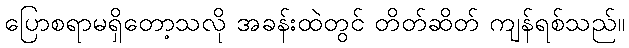
ပြောစရာမရှိတော့သလို အခန်းထဲတွင် တိတ်ဆိတ် ကျန်ရစ်သည်။